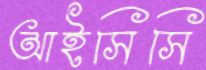
আইসিসি